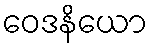
ဝေဒနိယော